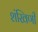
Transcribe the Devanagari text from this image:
शंखिणी